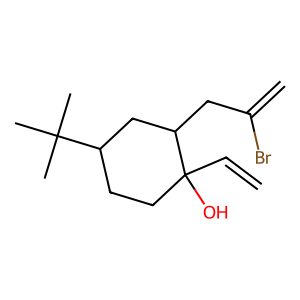
SMILES: C=CC1(O)CCC(C(C)(C)C)CC1CC(=C)Br
Inhibits HIV replication: No